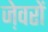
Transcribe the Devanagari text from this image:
जे़वरों